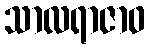
သာလရာဇာဝ